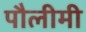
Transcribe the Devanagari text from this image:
पौलीमी